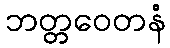
ဘတ္တဝေတနံ